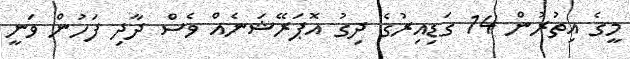
މީގެ އިތުރުން 14 ގަޑިއިރުގެ ދިގު އޮޕަރޭޝަނެއް ވެސް ދާދި ފަހުން ވަނީ